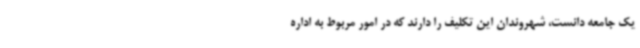
یک جامعه دانست، شهروندان این تکلیف را دارند که در امور مربوط به اداره